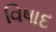
વિષાદ